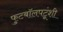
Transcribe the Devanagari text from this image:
फुटबॉलपटूंशी